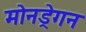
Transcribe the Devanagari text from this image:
मोनड्रेगन